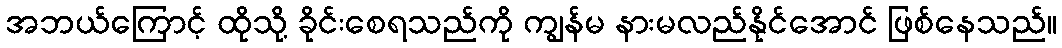
အဘယ်ကြောင့် ထိုသို့ ခိုင်းစေရသည်ကို ကျွန်မ နားမလည်နိုင်အောင် ဖြစ်နေသည်။